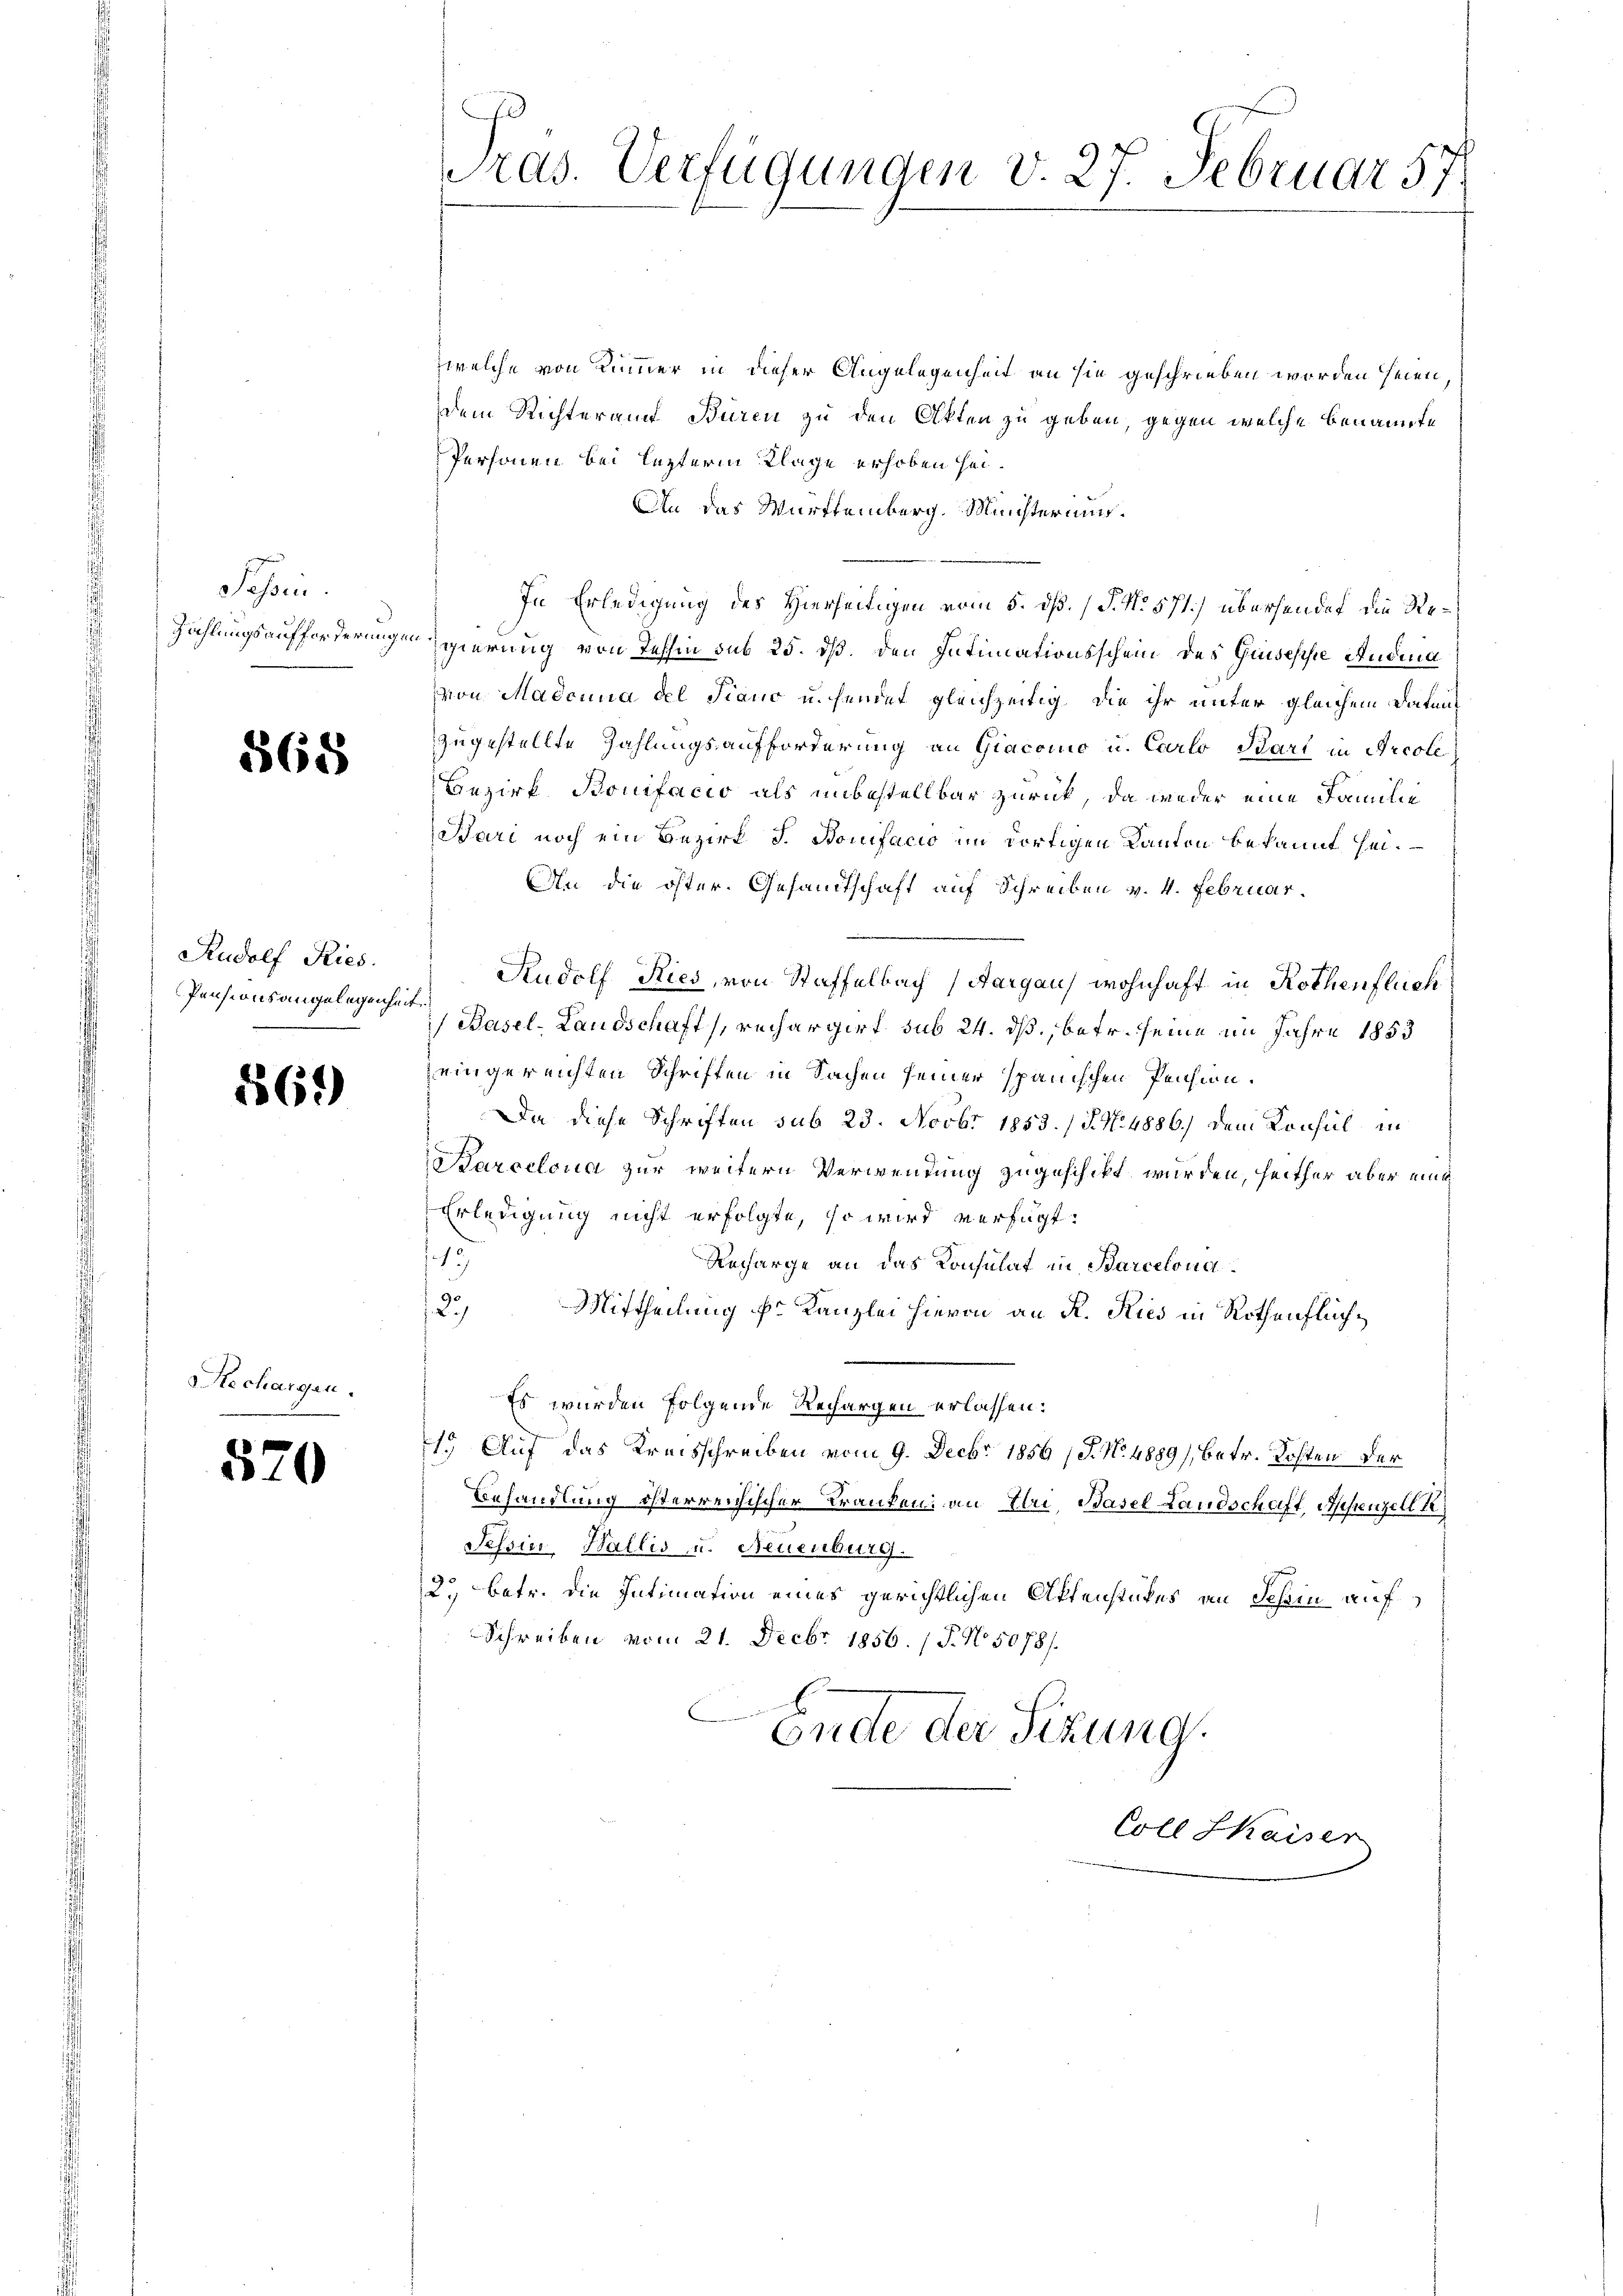
Sessen.

868

Rudolf Ries
Pensionsangelegenheit.

569

57

)

Mechargen.

welche von Kümmer in dieser Angelegenheit an sie geschrieben worden seien,
dem Richteramt Büren zu den Akten zu geben, gegen welche benannte
Personen bei lezterm Klage erhoben sei.
An das Württemberg. Ministeriums¬
In Erledigung des Hierseitigen vom 5. dß. (§. N. 571.) übersendet die Re¬
Zahlungsaufforderungen gierung von Tessin sub 25. dß. den Intimationsschein des Guisesse Andera
von Madcuna del Piano u. sendet gleichzeitig, die ihr unter gleichem Daten
zugestellte Zahlungsaufforderung an Giacomo u. Carlo Pari in Arcole
Bezirk Bonifacio als unbestellbar zurück, da weder eine Familie
Bari noch ein Bezirk J. Bonifacio im dortigen Kanton bekannt sei.
An die öster. Gesandtschaft auf Schreiben v. 4. Februar.
Rudolf Ries, von Staffelbach Aargau, wohnhaft in Rothenflich
) Basel-Landschaft, rechargirt sub 24. ds., betr. seine im Jahre 1853
eingereichten Schriften in Sachen seiner spanischen Pension.
Da diese Schriften sub 23. Novbr 1853. / N. N. 4886) dem Konsul in
Karcelona zur weitern Verwendung zugeschikt wurden, heither aber eine
Erledigung nicht erfolgte, so wird verfügt:
15
Amharge an das Konsulat in Barcelona
60
123
Mittheilung fr. Kanzlei hievon an R. Kies in Rothenflüch¬
Es wurden folgende Rechargen erlassen:
15. Auf das Kreisschreiben vom 9. Decbr 1856 (T. No. 4889), betr. Kosten der
Behandlung österreichischer Kranken an Ehri, Basel Landschaft, Appenzell I.
Sehoin, Wallis u. Neuenburg.
2.) Betr. die Intimation eines gerichtlichen Aktenstükes an Schin auf
Schreiben vom 21. Decbr. 1856. 15. No. 5078/
Ende der Sizung.

Tras. Verfügungen v. 27. Februar 57.

Coll Shaiser